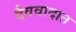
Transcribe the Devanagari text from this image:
दैववादात